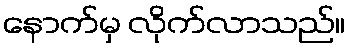
နောက်မှ လိုက်လာသည်။